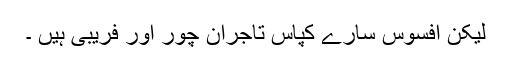
لیکن افسوس سارے کپاس تاجران چور اور فریبی ہیں ۔